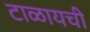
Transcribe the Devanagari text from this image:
टाळायची